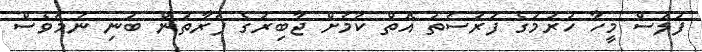
ފުލުސް މީހާ ހުރުމުގެ ފުރުސަތު އޮތް ކަމަށް ޖާބިރުގެ ފަރާތުން ބުނި ނަމަވެސް